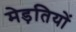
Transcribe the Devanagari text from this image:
मेड़तियों